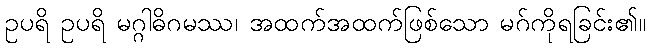
ဥပရိ ဥပရိ မဂ္ဂါဓိဂမဿ၊ အထက်အထက်ဖြစ်သော မဂ်ကိုရခြင်း၏။